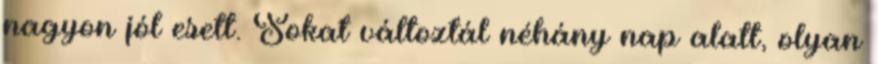
nagyon jól esett. Sokat változtál néhány nap alatt, olyan